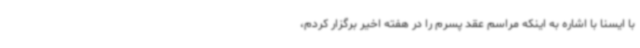
با ایسنا با اشاره به اینکه مراسم عقد پسرم را در هفته اخیر برگزار کردم،